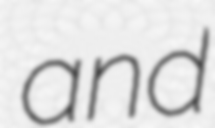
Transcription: and